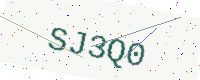
Text: SJ3Q0